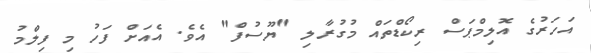
އަހަރުގެ އޮލިމްޕަސް ރިކޯޑްތައް މުގުރާލި "ޔޫސުފް" އެވެ. އެއަށް ފަހު މި ފިލްމު